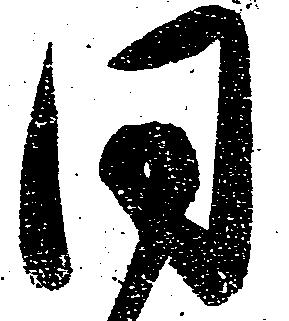
同